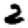
Digit: 2